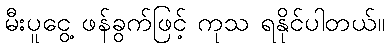
မီးပူငွေ့ ဖန်ခွက်ဖြင့် ကုသ ရနိုင်ပါတယ်။